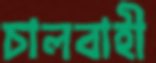
চালবাহী